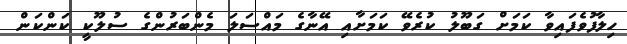
ހިލާފުވެފައިވާ ކަމަށް ގަބޫލު ކުރެވޭ ކަމަށާއި އޭނާގެ މައްސަލަ މެންބަރުންގެ ސުލޫކީ ކަންކަން